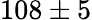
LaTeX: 108\pm 5